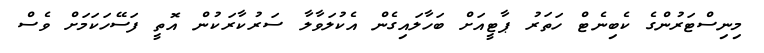
މިނިސްޓަރުންގެ ކެބިނެޓް ހަތަރު ޕާޓީއަށް ބަހާލައިގެން އެކުލަވާލާ ސަރުކާރަކުން އޮތީ ފަސޭހަކަމަށް ވެސް